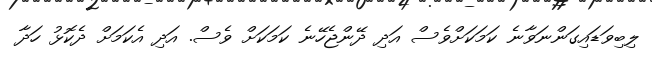
ލިބިވަޑައިގަންނަވާނެ ކަމަކަށްވެސް އަދި ދޭންޖެހޭނެ ކަމަކަށް ވެސް. އަދި އެކަމަށް ދެކޮޅު ހަދާ